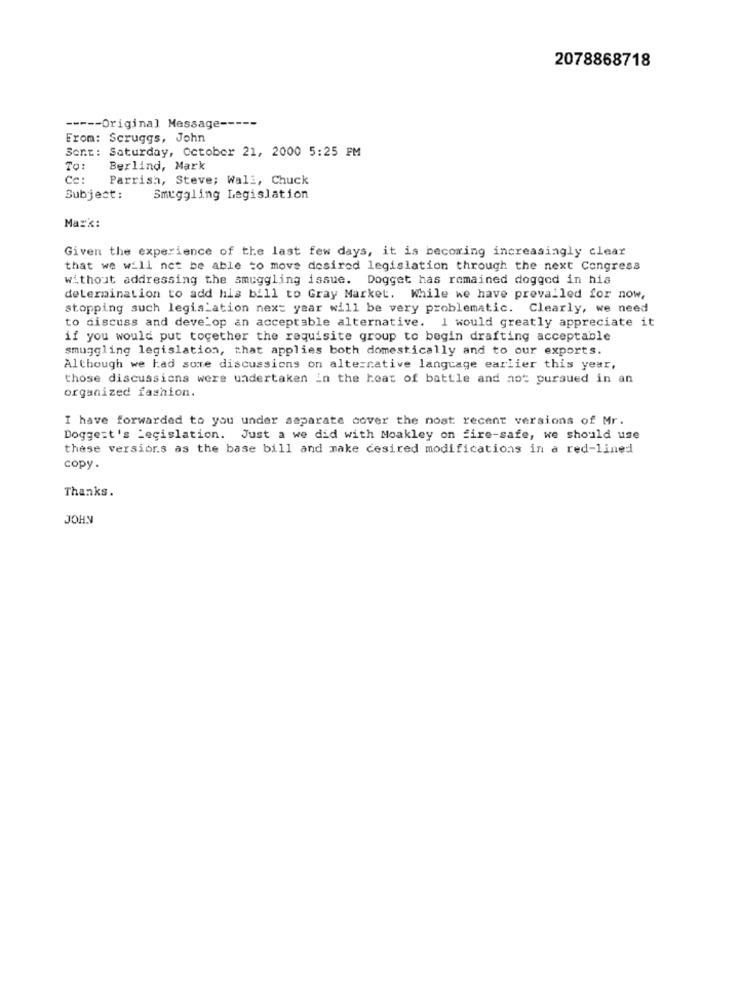
2078868718
----- Original Message --
From: Scruggs, John
Sent: Saturday, October 21, 2000 5:25 FM
To:
Berlind, Mark
Ce:
Parrish, Steve; Wall, Chuck
Subject:
Smuggling Legislation
Mark:
Given the experience of the last few days, it is becoming increasingly clear
that we will not be able to move desired legislation through the next Congress
without addressing the smuggling issue. Dogget has remained dogged in his
determination to add his bill to Gray Market. While we have prevailed for now,
stopping such legislation next year will be very problematic. Clearly, we need
to discuss and develop an acceptable alternative. I would greatly appreciate it
if you would put together the requisite group to begin drafting acceptable
smuggling legislation, that applies both domestically and to our exports.
Although we had some discussions on alternative language earlier this year,
those discussions were undertaken in the heat of battle and not pursued in an
organized fashion.
I have forwarded to you under separate cover the most recent versions of Mr.
Dogge:t's Legislation. Just a we did with Moakley on fire-safe, we should use
these versions as the base bill and make desired modifications in a red-lined
copy .
Thanks.
JOHN